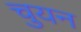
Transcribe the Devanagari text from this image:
चुयन